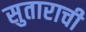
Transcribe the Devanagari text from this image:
सुताराची